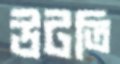
উটতি